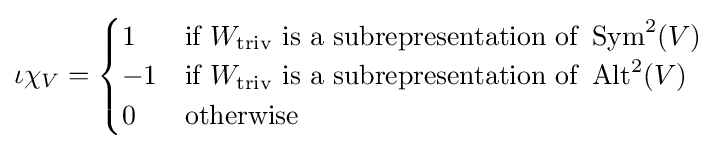
\iota \chi _{V}={\begin{cases}1&{\text{if }}W_{\text{triv}}{\text{ is a subrepresentation of }}\operatorname {Sym} ^{2}(V)\\-1&{\text{if }}W_{\text{triv}}{\text{ is a subrepresentation of }}\operatorname {Alt} ^{2}(V)\\0&{\text{otherwise}}\end{cases}}